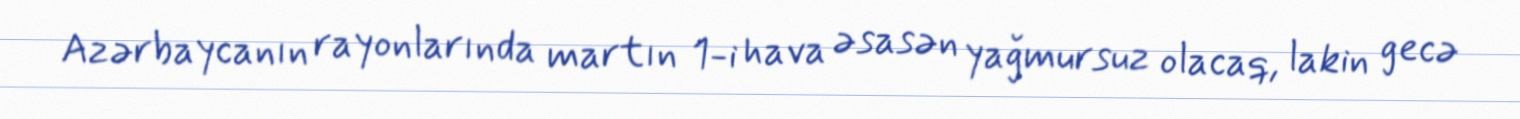
Azərbaycanın rayonlarında martın 1-i hava əsasən yağmursuz olacaq, lakin gecə